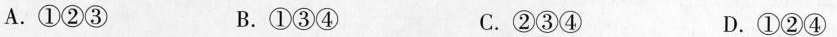
A.①②③ B.①③④ C.②③④ D.①②④